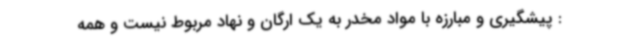
: پیشگیری و مبارزه با مواد مخدر به یک ارگان و نهاد مربوط نیست و همه